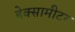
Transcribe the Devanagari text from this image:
हेक्सामीटर